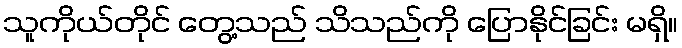
သူကိုယ်တိုင် တွေ့သည် သိသည်ကို ပြောနိုင်ခြင်း မရှိ။